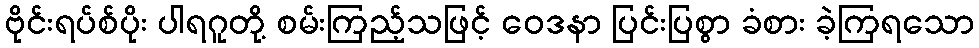
ဗိုင်းရပ်စ်ပိုး ပါရဂူတို့ စမ်းကြည့်သဖြင့် ဝေဒနာ ပြင်းပြစွာ ခံစား ခဲ့ကြရသော